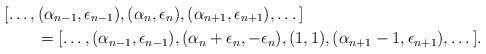
LaTeX: \begin{align*}&[\dots,(\alpha_{n-1},\epsilon_{n-1}),(\alpha_n,\epsilon_n),(\alpha_{n+1},\epsilon_{n+1}),\dots]\\&\qquad=[\dots,(\alpha_{n-1},\epsilon_{n-1}),(\alpha_n+\epsilon_n,-\epsilon_n),(1,1),(\alpha_{n+1}-1,\epsilon_{n+1}),\dots].\end{align*}